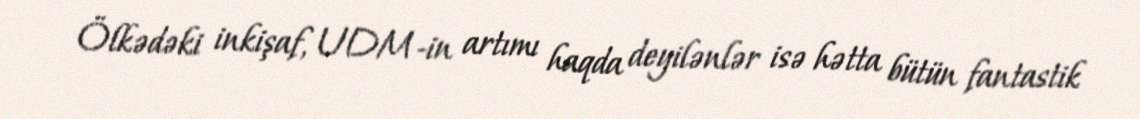
Ölkədəki inkişaf, UDM-in artımı haqda deyilənlər isə hətta bütün fantastik